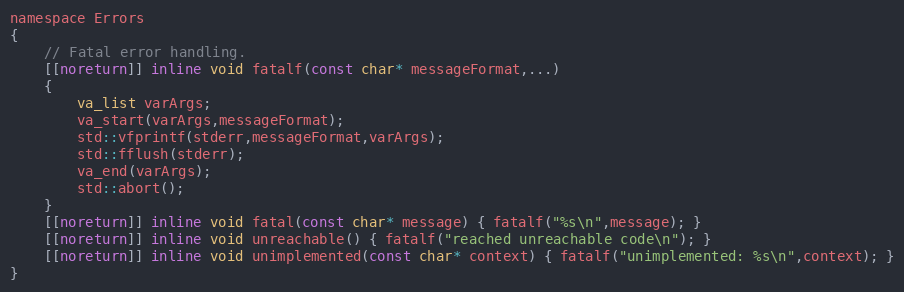
Language: C
namespace Errors
{
	// Fatal error handling.
	[[noreturn]] inline void fatalf(const char* messageFormat,...)
	{
		va_list varArgs;
		va_start(varArgs,messageFormat);
		std::vfprintf(stderr,messageFormat,varArgs);
		std::fflush(stderr);
		va_end(varArgs);
		std::abort();
	}
	[[noreturn]] inline void fatal(const char* message) { fatalf("%s\n",message); }
	[[noreturn]] inline void unreachable() { fatalf("reached unreachable code\n"); }
	[[noreturn]] inline void unimplemented(const char* context) { fatalf("unimplemented: %s\n",context); }
}